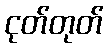
ငုတ်တုတ်